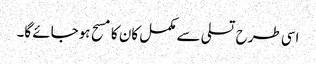
اسی طرح تسلی سے مکمل کان کا مسح ہوجائے گا۔